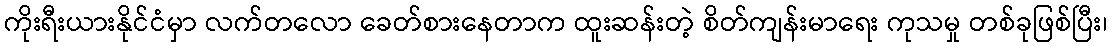
ကိုးရီးယားနိုင်ငံမှာ လက်တလော ခေတ်စားနေတာက ထူးဆန်းတဲ့ စိတ်ကျန်းမာရေး ကုသမှု တစ်ခုဖြစ်ပြီး၊